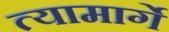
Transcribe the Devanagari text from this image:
त्यामार्गे